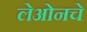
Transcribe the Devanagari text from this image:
लेओनचे